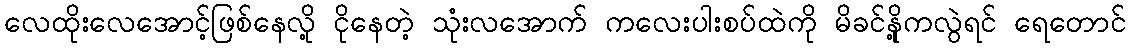
လေထိုးလေအောင့်ဖြစ်နေလို့ ငိုနေတဲ့ သုံးလအောက် ကလေးပါးစပ်ထဲကို မိခင်နို့ကလွဲရင် ရေတောင်